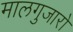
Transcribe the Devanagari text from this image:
मालगुजारो